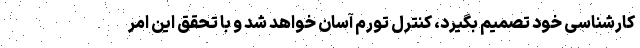
کارشناسی خود تصمیم بگیرد، کنترل تورم آسان خواهد شد و با تحقق این امر